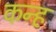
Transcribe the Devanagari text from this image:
कन्ह